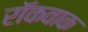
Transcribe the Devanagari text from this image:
रॉकवाक